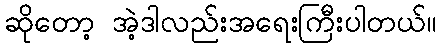
ဆိုတော့ အဲ့ဒါလည်းအရေးကြီးပါတယ်။